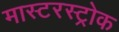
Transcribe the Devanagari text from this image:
मास्टरस्ट्रोक